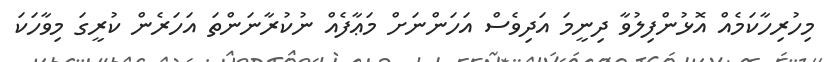
މިހުރިހާކަމެއް އޮޅުންފިލުވާ ދިނީމަ އަދިވެސް އަހަންނަށް މަޢާފެއް ނުކުރާނަންތަ އަހަރެން ކުރީގަ މިވާހަކަ